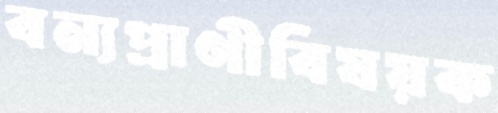
বন্যপ্রাণীবিষয়ক